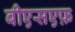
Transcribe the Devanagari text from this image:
बीएसएफ़